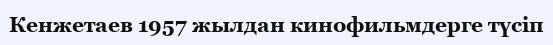
Кенжетаев 1957 жылдан кинофильмдерге түсіп